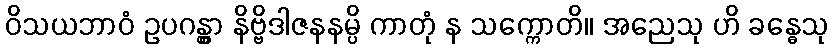
ဝိသယဘာဝံ ဥပဂန္တွာ နိဗ္ဗိဒါဇနနမ္ပိ ကာတုံ န သက္ကောတိ။ အညေသု ဟိ ခန္ဓေသု